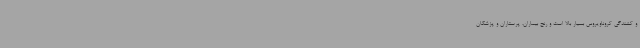
و کشندگی کروناویروس بسیار بالا است و رنج بیماران، پرستاران و پزشکان